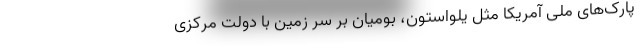
پارک‌های ملی آمریکا مثل یلواستون، بومیان بر سر زمین با دولت مرکزی